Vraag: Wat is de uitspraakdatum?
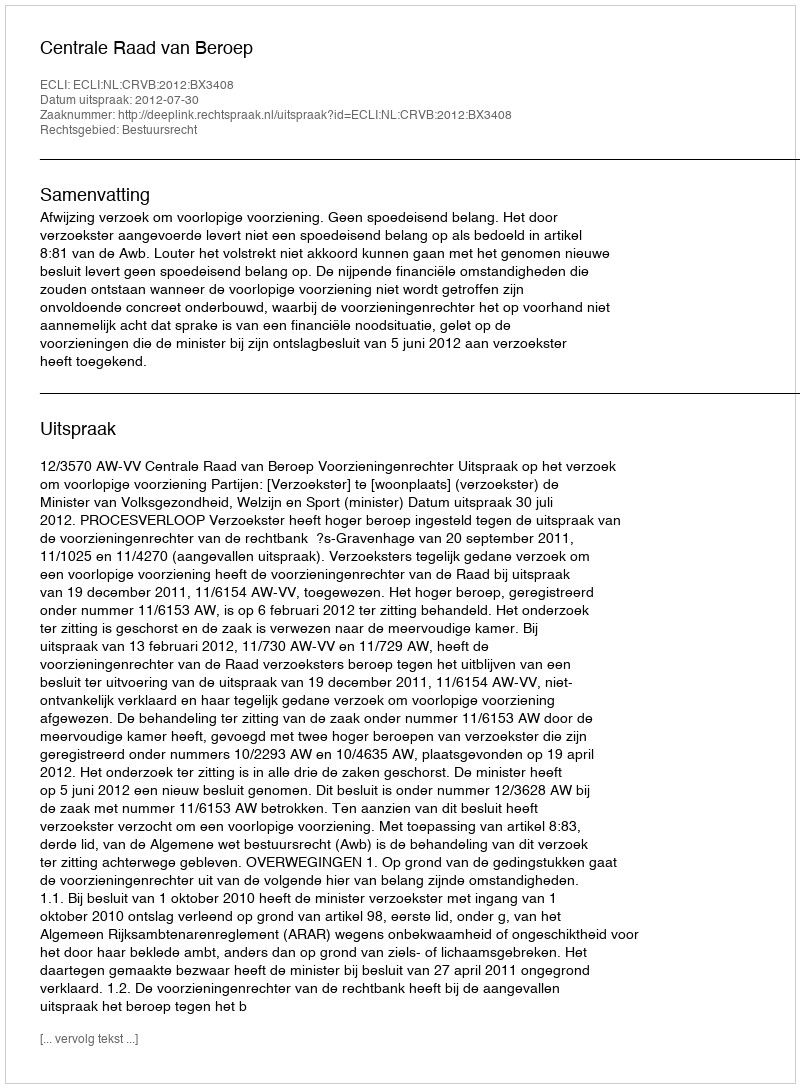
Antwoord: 2012-07-30